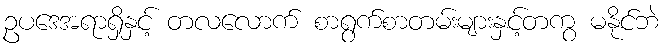
ဥပဒေအရာရှိနှင့် တလလောက် စာရွက်စာတမ်းများနှင့်တကွ မနိုင်ဘဲ